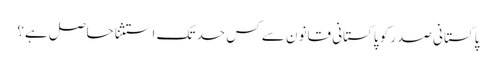
پاکستانی صدر کو پاکستانی قانون سے کس حد تک استثنا حاصل ہے؟